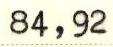
84,92